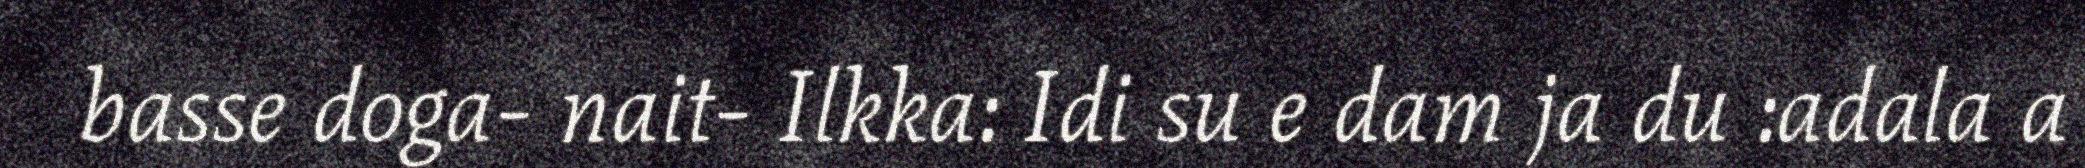
basse doga- nait- Ilkka: Idi su e dam ja du :adala a